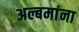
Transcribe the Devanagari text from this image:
अल्बमांना